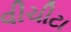
વીચીટા